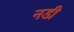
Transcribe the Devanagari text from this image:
नडी